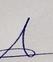
Signature authenticity: genuine